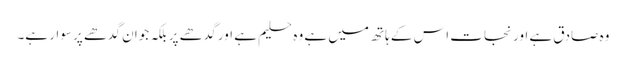
وہ صادق ہے اور نجات اس کے ہاتھ میں ہے وہ حلیم ہے اور گدھے پر بلکہ جوان گدھے پر سوار ہے۔